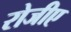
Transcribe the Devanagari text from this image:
रोजीए